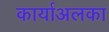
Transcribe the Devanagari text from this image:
कार्याअलका